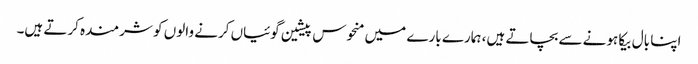
اپنا بال بیکا ہونے سے بچاتے ہیں، ہمارے بارے میں منحوس پیشین گوئیاں کرنے والوں کو شرمندہ کرتے ہیں۔